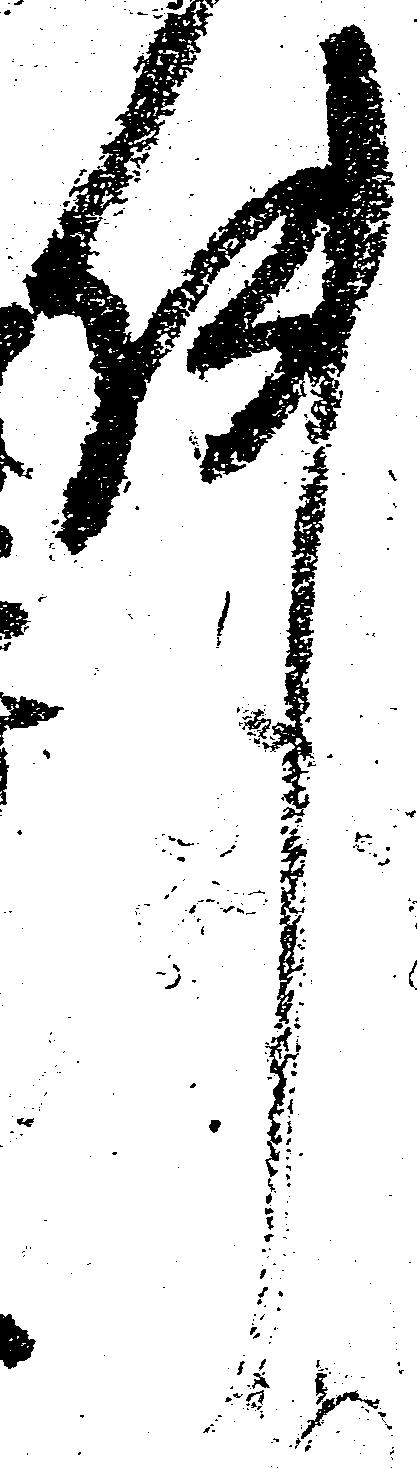
件